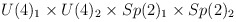
\begin{align*}U(4)_1 \times U(4)_2 \times Sp(2)_1 \times Sp(2)_2\end{align*}